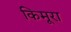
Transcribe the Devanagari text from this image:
किमूरा